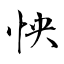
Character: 怏